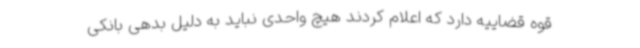
قوه قضاییه دارد که اعلام کردند هیچ واحدی نباید به دلیل بدهی بانکی